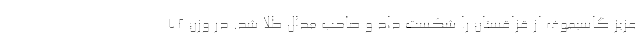
عزیز گاسیموف از قزاقستان را شکست داد و صاحب مدال طلا شد. در وزن ۷۲